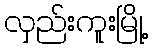
လှည်းကူးမြို့